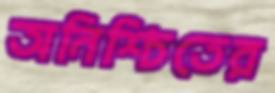
অনিশ্চিতের